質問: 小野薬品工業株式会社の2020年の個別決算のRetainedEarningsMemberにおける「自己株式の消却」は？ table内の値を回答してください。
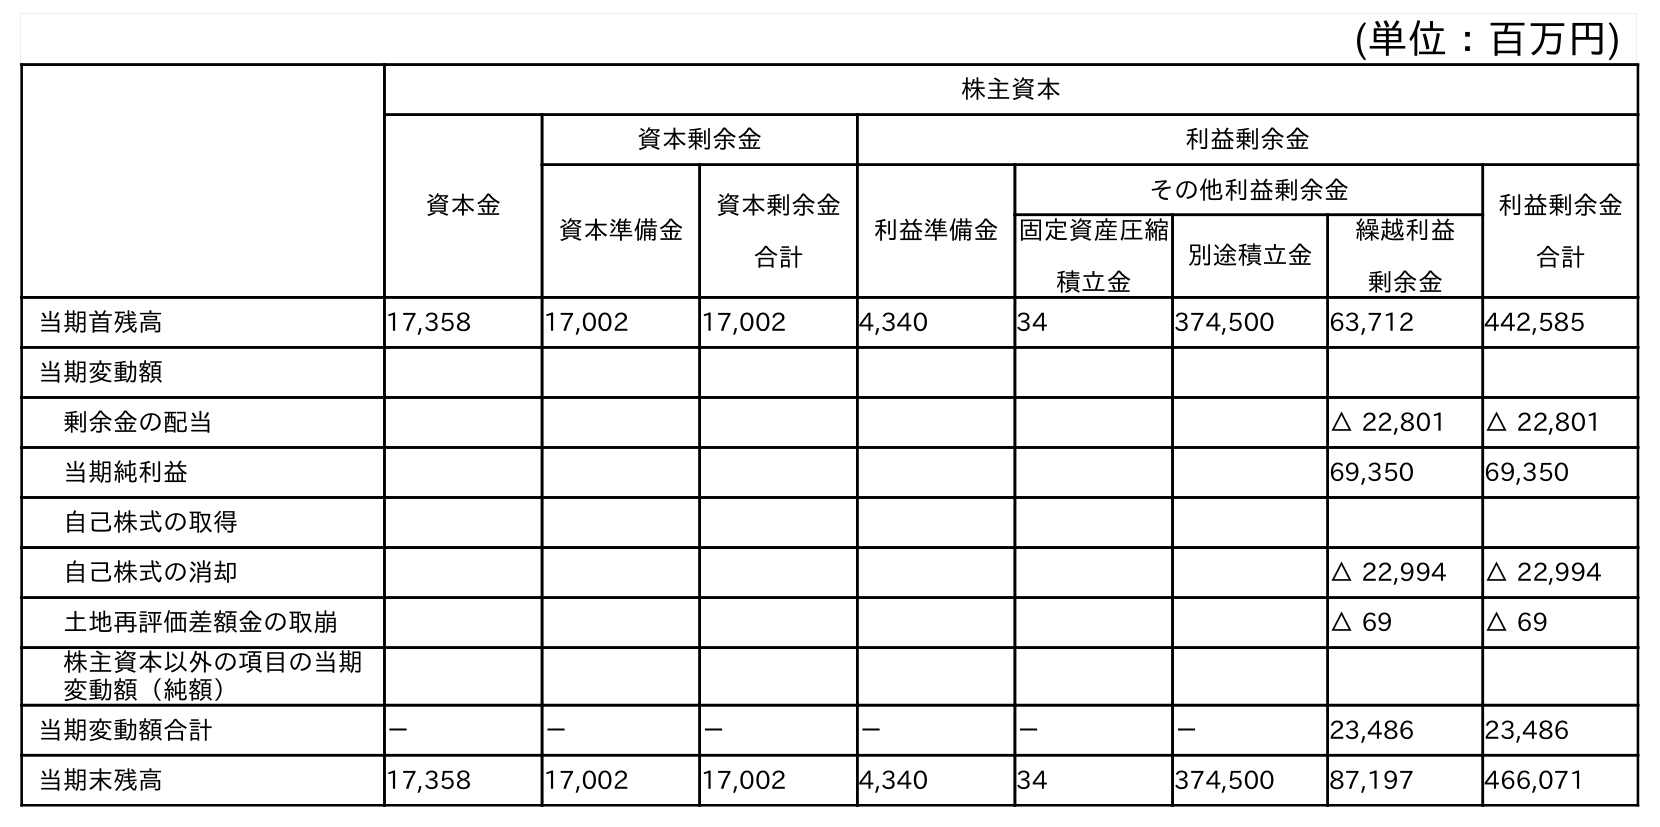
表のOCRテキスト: (単位：百万円) 株主資本 資本金 資本剰余金 利益剰余金 資本準備金 資本剰余金 合計 利益準備金 その他利益剰余金 利益剰余金 合計 固定資産圧縮 積立金 別途積立金 繰越利益 剰余金 当期首残高 17,358 17,002 17,002 4,340 34 374,500 63,712 442,585 当期変動額 剰余金の配当 △ 22,801 △ 22,801 当期純利益 69,350 69,350 自己株式の取得 自己株式の消却 △ 22,994 △ 22,994 土地再評価差額金の取崩 △ 69 △ 69 株主資本以外の項目の当期 変動額（純額） 当期変動額合計 － － － － － － 23,486 23,486 当期末残高 17,358 17,002 17,002 4,340 34 374,500 87,197 466,071
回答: △22,994